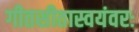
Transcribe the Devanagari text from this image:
गीतसीतास्वयंवरः